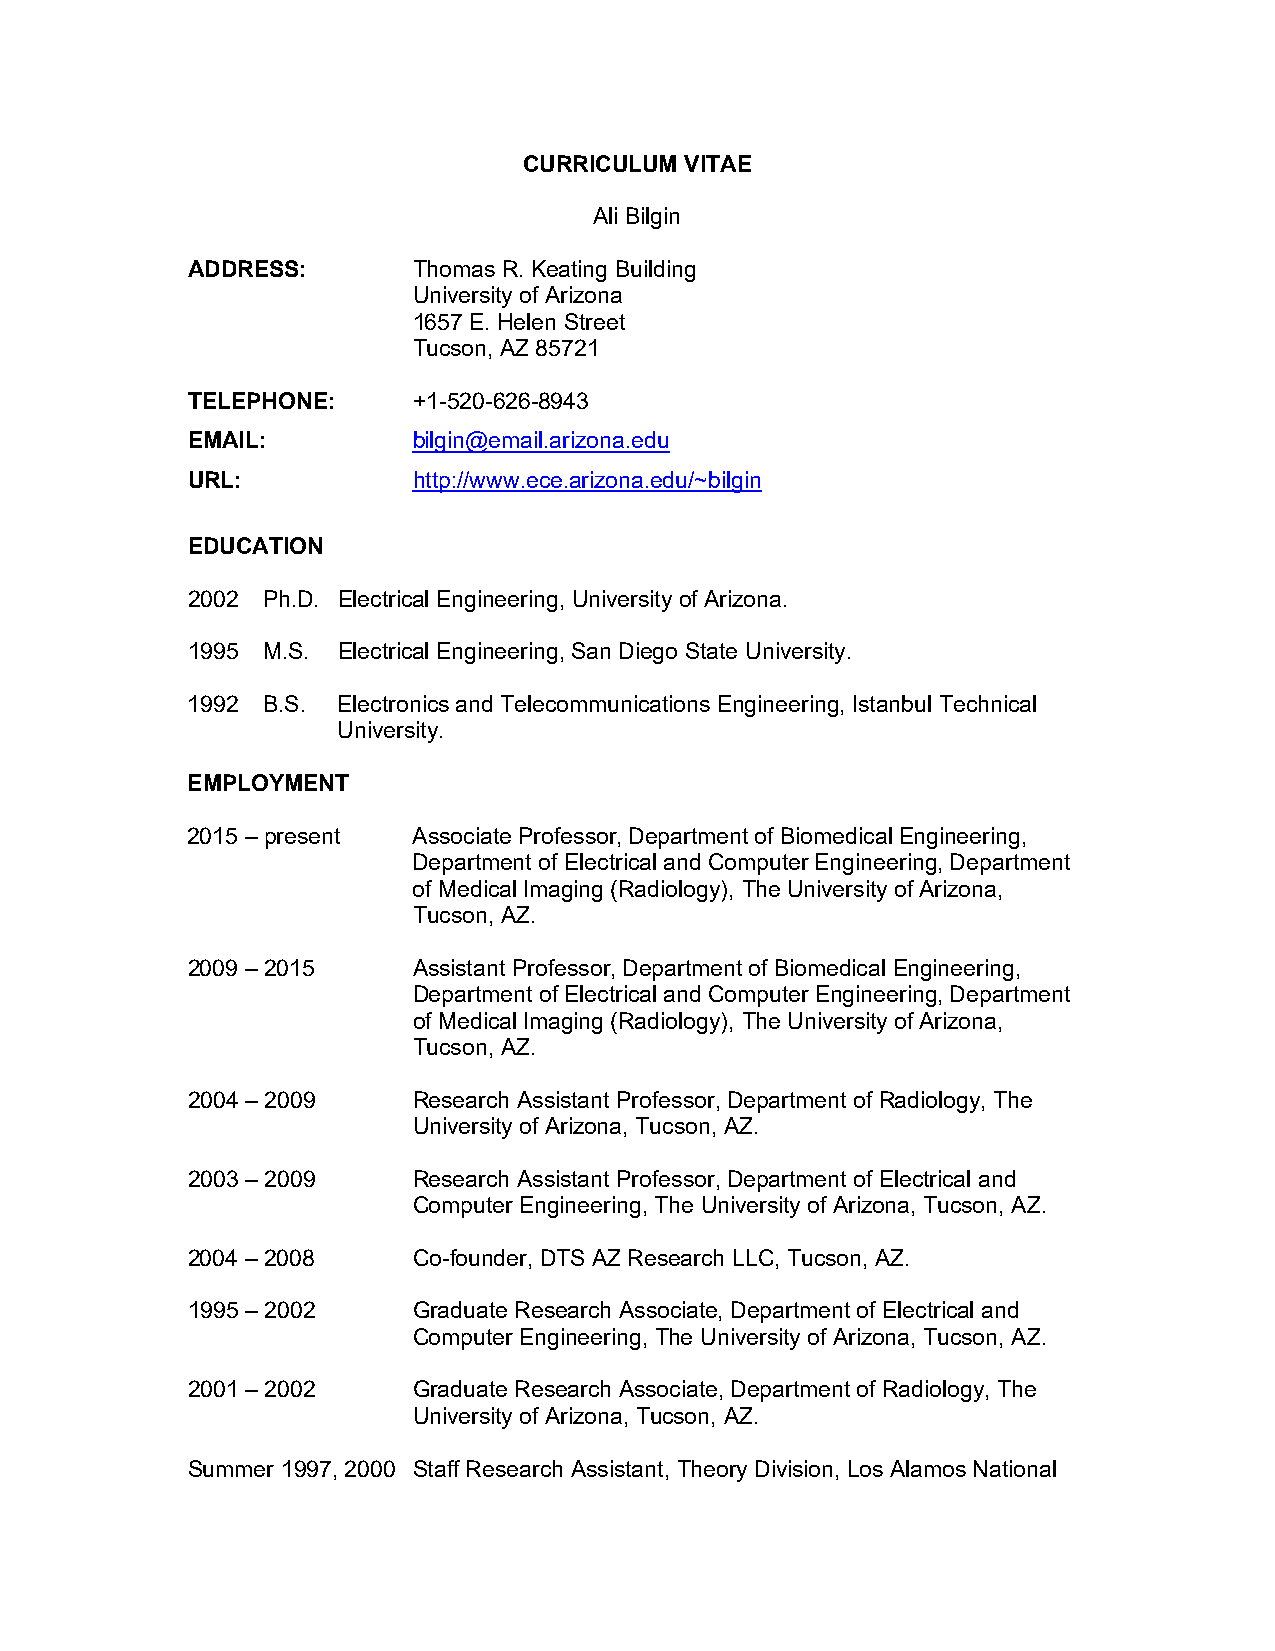
CURRICULUM VITAE
 Ali Bilgin
 ADDRESS:       Thomas R. Keating Building
 University of Arizona
 1657 E. Helen Street
 Tucson, AZ 85721
 TELEPHONE:     +1-520-626-8943
 EMAIL:         bilgin@email.arizona.edu
 URL:           http://www.ece.arizona.edu/~bilgin
 EDUCATION
 2002 Ph.D. Electrical Engineering, University of Arizona.
 1995 M.S. Electrical Engineering, San Diego State University.
 1992 B.S. Electronics and Telecommunications Engineering, Istanbul Technical
 University.
 EMPLOYMENT
 2015 – present Associate Professor, Department of Biomedical Engineering,
 Department of Electrical and Computer Engineering, Department
 of Medical Imaging (Radiology), The University of Arizona,
 Tucson, AZ.
 2009 – 2015    Assistant Professor, Department of Biomedical Engineering,
 Department of Electrical and Computer Engineering, Department
 of Medical Imaging (Radiology), The University of Arizona,
 Tucson, AZ.
 2004 – 2009    Research Assistant Professor, Department of Radiology, The
 University of Arizona, Tucson, AZ.
 2003 – 2009    Research Assistant Professor, Department of Electrical and
 Computer Engineering, The University of Arizona, Tucson, AZ.
 2004 – 2008    Co-founder, DTS AZ Research LLC, Tucson, AZ.
 1995 – 2002    Graduate Research Associate, Department of Electrical and
 Computer Engineering, The University of Arizona, Tucson, AZ.
 2001 – 2002    Graduate Research Associate, Department of Radiology, The
 University of Arizona, Tucson, AZ.
 Summer 1997, 2000 Staff Research Assistant, Theory Division, Los Alamos National